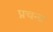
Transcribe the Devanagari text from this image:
प्रचन्ड